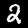
Label: 2